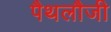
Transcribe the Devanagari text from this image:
पैथलौजी